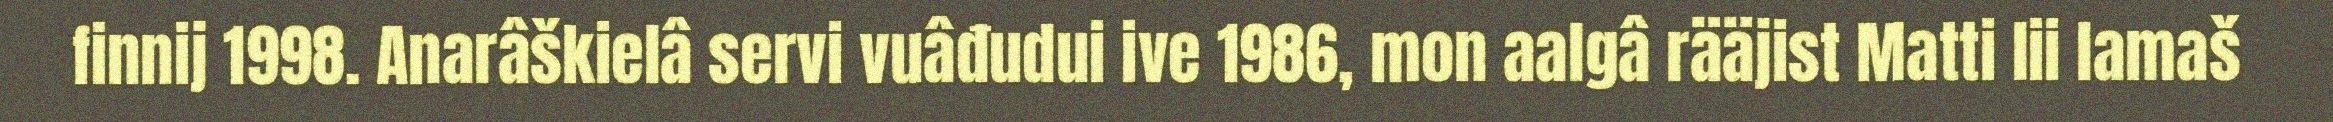
finnij 1998. Anarâškielâ servi vuâđudui ive 1986, mon aalgâ rääjist Matti lii lamaš